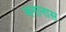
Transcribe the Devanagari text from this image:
बनानास